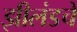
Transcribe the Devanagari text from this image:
झीलंडचे